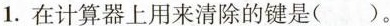
1. 在计算器上用来清除的键是( )。